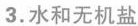
3.水和无机盐